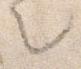
々